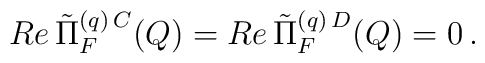
Re \, \tilde{\Pi}_F^{(q) \, C} (Q) = Re \, \tilde{\Pi}_F^{(q) \, D} (Q) = 0 \, .